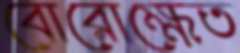
বোরোক্ষেত